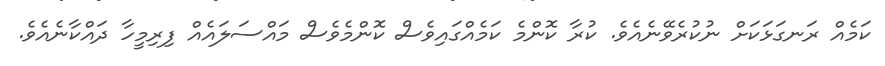
ކަމެއް ރަނގަޅަކަށް ނުކުރެވޭނެއެވެ. ކުރާ ކޮންމެ ކަމެއްގައިވެސް ކޮންމެވެސް މައްސަލައެއް ފިރިމީހާ ދައްކާނެއެވެ.